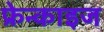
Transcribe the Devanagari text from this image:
फ्रेन्‍काइज